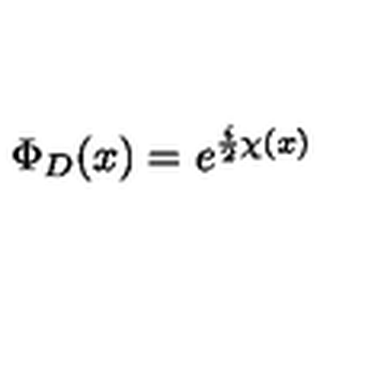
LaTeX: \Phi _ { D } ( x ) = e ^ { { \frac { i } { 2 } } \chi ( x ) }